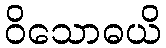
ဝိသောဓယိ